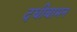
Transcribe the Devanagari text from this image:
दधीबामन